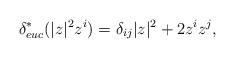
LaTeX: \begin{align*}\delta_{euc}^* ( |z|^2 z^i) = \delta_{ij} |z|^2 + 2 z^i z^j,\end{align*}